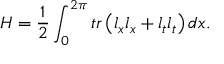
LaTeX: H = \frac 1 2 \int _ { 0 } ^ { 2 \pi } t r \left( l _ { x } l _ { x } + l _ { t } l _ { t } \right) d x .